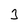
Character: 3